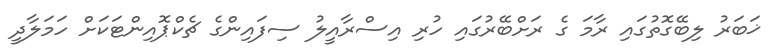
ޚަބަރު ލިބޭގޮތުގައި ރާމަ ގެ ރަށްބޭރުގައި ހުރި އިސްރާއީލު ސިފައިންގެ ޗެކްޕޮއިންޓަކަށް ހަމަލާދީ